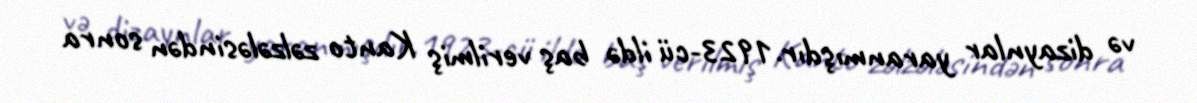
və dizaynlar yaranmışdır.1923-cü ildə baş verilmiş Kanto zəlzələsindən sonra